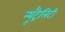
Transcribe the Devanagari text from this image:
न्यूट्रैलिटी